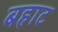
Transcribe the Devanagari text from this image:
बहाट